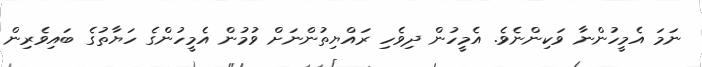
ނަމަ އެމީހުންނާ ވަކިންނެވެ. އެމީހުން ދިވެހި ރައްޔިތުންނަށް ވުމުން އެމީހުންގެ ހަޔާތުގެ ބައިވެރިން